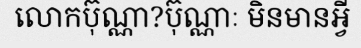
លោកប៊ុណ្ណា?ប៊ុណ្ណាៈ មិនមានអ្វី